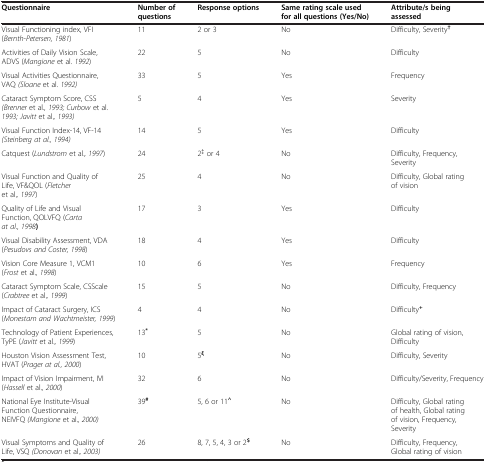
<table><thead><tr><td><b>Questionnaire</b></td><td><b>Number of questions</b></td><td><b>Response options</b></td><td><b>Same rating scale used for all questions (Yes/No)</b></td><td><b>Attribute/s being assessed</b></td></tr></thead><tbody><tr><td>Visual Functioning index, VFI (<i>Bernth-Petersen, 1981</i>)</td><td>11</td><td>2 or 3</td><td>No</td><td>Difficulty, Severity<sup><b>†</b></sup></td></tr><tr><td>Activities of Daily Vision Scale, ADVS (<i>Mangione</i> et al. <i>1992</i>)</td><td>22</td><td>5</td><td>No</td><td>Difficulty</td></tr><tr><td>Visual Activities Questionnaire, VAQ <i>(Sloane</i> et al. <i>1992)</i></td><td>33</td><td>5</td><td>Yes</td><td>Frequency</td></tr><tr><td>Cataract Symptom Score, CSS <i>(Brenner</i> et al.<i>, 1993; Curbow</i> et al. <i>1993; Javitt</i> et al.<i>, 1993)</i></td><td>5</td><td>4</td><td>Yes</td><td>Severity</td></tr><tr><td>Visual Function Index-14, VF-14<i>(Steinberg at al., 1994)</i></td><td>14</td><td>5</td><td>Yes</td><td>Difficulty</td></tr><tr><td>Catquest (<i>Lundstrom</i> et al.<i>, 1997</i>)</td><td>24</td><td>2<sup><b>‡</b></sup> or 4</td><td>No</td><td>Difficulty, Frequency, Severity</td></tr><tr><td>Visual Function and Quality of Life, VF&amp;QOL (<i>Fletcher</i> et al.<i>, 1997</i>)</td><td>25</td><td>4</td><td>No</td><td>Difficulty, Global rating of vision</td></tr><tr><td>Quality of Life and Visual Function, QOLVFQ (<i>Carta at al., 1998</i><b>)</b></td><td>17</td><td>3</td><td>Yes</td><td>Difficulty</td></tr><tr><td>Visual Disability Assessment, VDA (<i>Pesudovs and Coster, 1998</i>)</td><td>18</td><td>4</td><td>Yes</td><td>Difficulty</td></tr><tr><td>Vision Core Measure 1, VCM1 (<i>Frost</i> et al.<i>, 1998</i>)</td><td>10</td><td>6</td><td>Yes</td><td>Frequency</td></tr><tr><td>Cataract Symptom Scale, CSScale (<i>Crabtree</i> et al.<i>, 1999</i>)</td><td>15</td><td>5</td><td>No</td><td>Difficulty, Frequency</td></tr><tr><td>Impact of Cataract Surgery, ICS (<i>Monestam and Wachtmeister, 1999</i>)</td><td>4</td><td>4</td><td>No</td><td>Difficulty<sup><b>+</b></sup></td></tr><tr><td>Technology of Patient Experiences, TyPE (<i>Javitt</i> et al.<i>, 1999</i>)</td><td>13<sup><b>*</b></sup></td><td>5</td><td>No</td><td>Global rating of vision, Difficulty</td></tr><tr><td>Houston Vision Assessment Test, HVAT (<i>Prager at al., 2000</i>)</td><td>10</td><td>5<sup><b>ξ</b></sup></td><td>No</td><td>Difficulty, Severity</td></tr><tr><td>Impact of Vision Impairment, IVI (<i>Hassell</i> et al.<i>, 2000</i>)</td><td>32</td><td>6</td><td>No</td><td>Difficulty/Severity, Frequency</td></tr><tr><td>National Eye Institute-Visual Function Questionnaire, NEIVFQ <i>(Mangione</i> et al.<i>, 2000)</i></td><td>39<sup><b>#</b></sup></td><td>5, 6 or 11<sup><b>^</b></sup></td><td>No</td><td>Difficulty, Global rating of health, Global rating of vision, Frequency, Severity</td></tr><tr><td>Visual Symptoms and Quality of Life, VSQ <i>(Donovan</i> et al.<i>, 2003)</i></td><td>26</td><td>8, 7, 5, 4, 3 or 2<sup><b>$</b></sup></td><td>No</td><td>Difficulty, Frequency, Global rating of vision</td></tr></tbody></table>